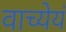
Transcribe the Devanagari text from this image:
वाच्येयं